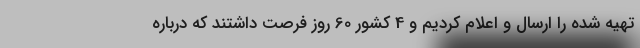
تهیه شده را ارسال و اعلام کردیم و 4 کشور 60 روز فرصت داشتند که درباره